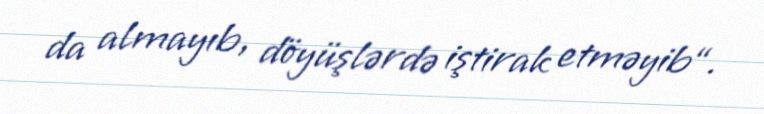
da almayıb, döyüşlərdə iştirak etməyib“.